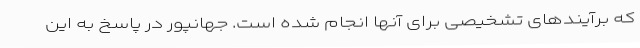
که برآیندهای تشخیصی برای آنها انجام شده است. جهانپور در پاسخ به این